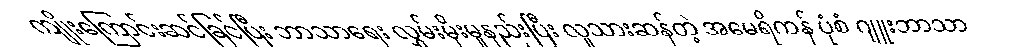
ကျိုးကြောင်းဆင်ခြင်ပြီး ဘာသာရေး လွှမ်းမိုးမှုနည်းပြီး လူသားဆန်တဲ့ အမေရိကန် ပုံစံ ဂျူးဘာသာ